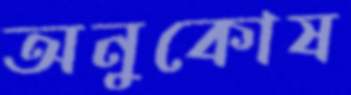
অনুকোষ